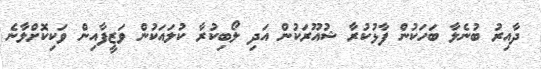
ދާއިރު ބުނެލާ ބަހަކުން ފާޅުކުރާ ޝުއޫރަކުން އަދި ލޯބިކުރާ ކުލައަކުން ވަޒީފާއިން ވަކިކޮށްލާނެ